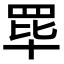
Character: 𬙝